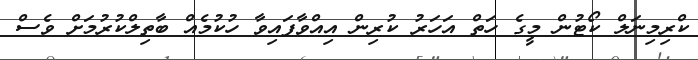
ކްރިމިނަލް ކޯޓުން މީގެ ހަތް އަހަރު ކުރިން އިއްވާފައިވާ ހުކުމެއް ބާތިލްކުރުމަށް ވެސް